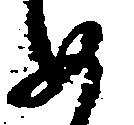
め